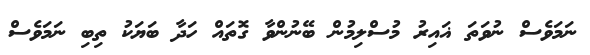
ނަމަވެސް ނުވަތަ ޣައިރު މުސްލިމުން ބޭނުންވާ ގޮތައް ހަދާ ބަޔަކު ތިބި ނަމަވެސް